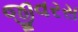
જીવરસ